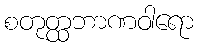
စတုတ္ထဘာဏဝါရော